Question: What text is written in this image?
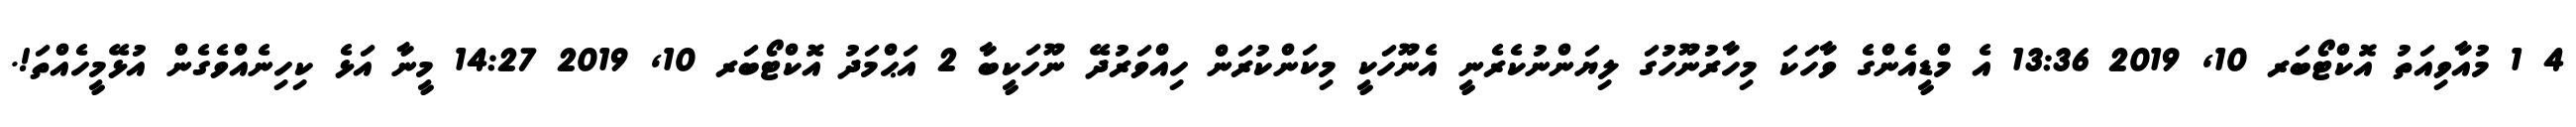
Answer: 4 1 މުއާވިއަތު އޮކްޓޯބަރ 10, 2019 13:36 އެ މްޑީއެންގެ ވާހަކަ މިހާރުނޫހުގަ ލިޔަންނުކެރެނީ އެނޫހަކީ މިކަންކުރަން ހިއްވަރުދޭ ނޫހަކީބާ 2 އަޙްމަދު އޮކްޓޯބަރ 10, 2019 14:27 މީނާ އަޅެ ކިހިނެއްވެގެން އުޅޭމީހެއްތަ!.